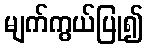
မျက်ကွယ်ပြု၍